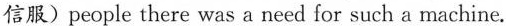
信服) people there was a need for such a machine.